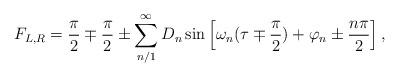
LaTeX: \begin{align*}F_{L,R} = \frac{\pi}{2} \mp \frac{\pi}{2}\pm\sum_{n/1}^{\infty}D_n\sin\left[\omega_n(\tau\mp \frac{\pi}{2}) + \varphi_n \pm \frac{n\pi}{2}\right],\end{align*}